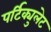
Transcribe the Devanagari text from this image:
पर्टिक्युलेट